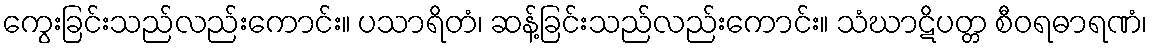
ကွေးခြင်းသည်လည်းကောင်း။ ပသာရိတံ၊ ဆန့်ခြင်းသည်လည်းကောင်း။ သံဃာဋိပတ္တ စီဝရဓာရဏံ၊